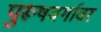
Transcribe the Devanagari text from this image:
पुरूषवर्गावर